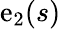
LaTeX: \mathrm{e}_{2}(s)